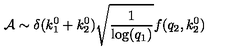
{ \cal A } \sim \delta ( k _ { 1 } ^ { 0 } + k _ { 2 } ^ { 0 } ) \sqrt { \frac { 1 } { \mathrm { l o g } ( q _ { 1 } ) } } f ( q _ { 2 } , k _ { 2 } ^ { 0 } )